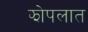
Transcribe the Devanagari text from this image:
झोपलात